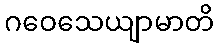
ဂဝေသေယျာမာတိ